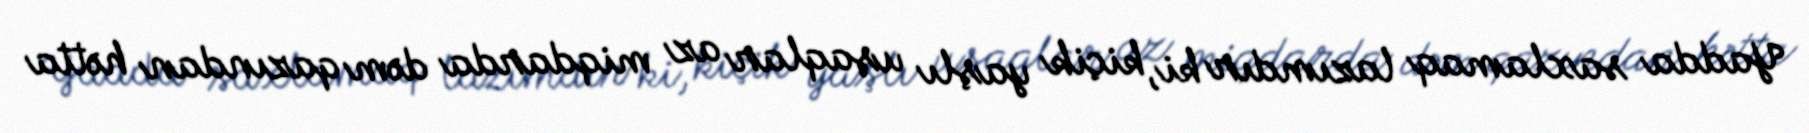
Yadda saxlamaq lazımdır ki, kiçik yaşlı uşaqlar az miqdarda dəm qazından hətta